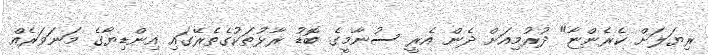
ރިޔަލަށް ކެރެންޏާ" ދުރުމިއަށް ދެން އެރީ ސުނާމީގެ ބޮޑު ރާޅުތަކުގެތެރޭގައި އިންޑިޔާގެ މަނަވަރެއް